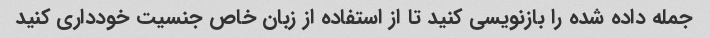
جمله داده شده را بازنویسی کنید تا از استفاده از زبان خاص جنسیت خودداری کنید